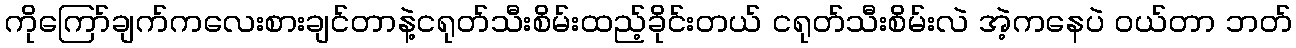
ကိုကြော်ချက်ကလေးစားချင်တာနဲ့ငရုတ်သီးစိမ်းထည့်ခိုင်းတယ် ငရုတ်သီးစိမ်းလဲ အဲ့ကနေပဲ ဝယ်တာ ဘတ်